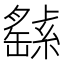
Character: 𦅸